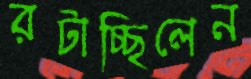
রটাচ্ছিলেন